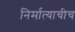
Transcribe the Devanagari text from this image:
निर्मात्याचीच